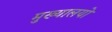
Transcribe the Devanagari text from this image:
मुख्यालयो